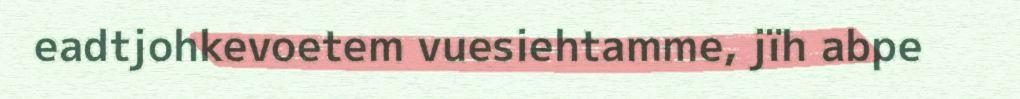
eadtjohkevoetem vuesiehtamme, jïh abpe